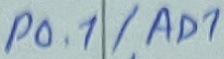
Text: P0.1/AD1